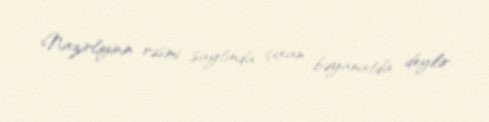
Nazirliyinin rəsmi saytında çıxan bəyanatda deyilir.